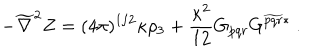
- \widetilde \nabla ^ { 2 } Z = ( 4 \pi ) ^ { 1 / 2 } \kappa \rho _ { 3 } + \frac { \kappa ^ { 2 } } { 1 2 } G _ { p q r } G ^ { \widetilde { p q r } * } \ .